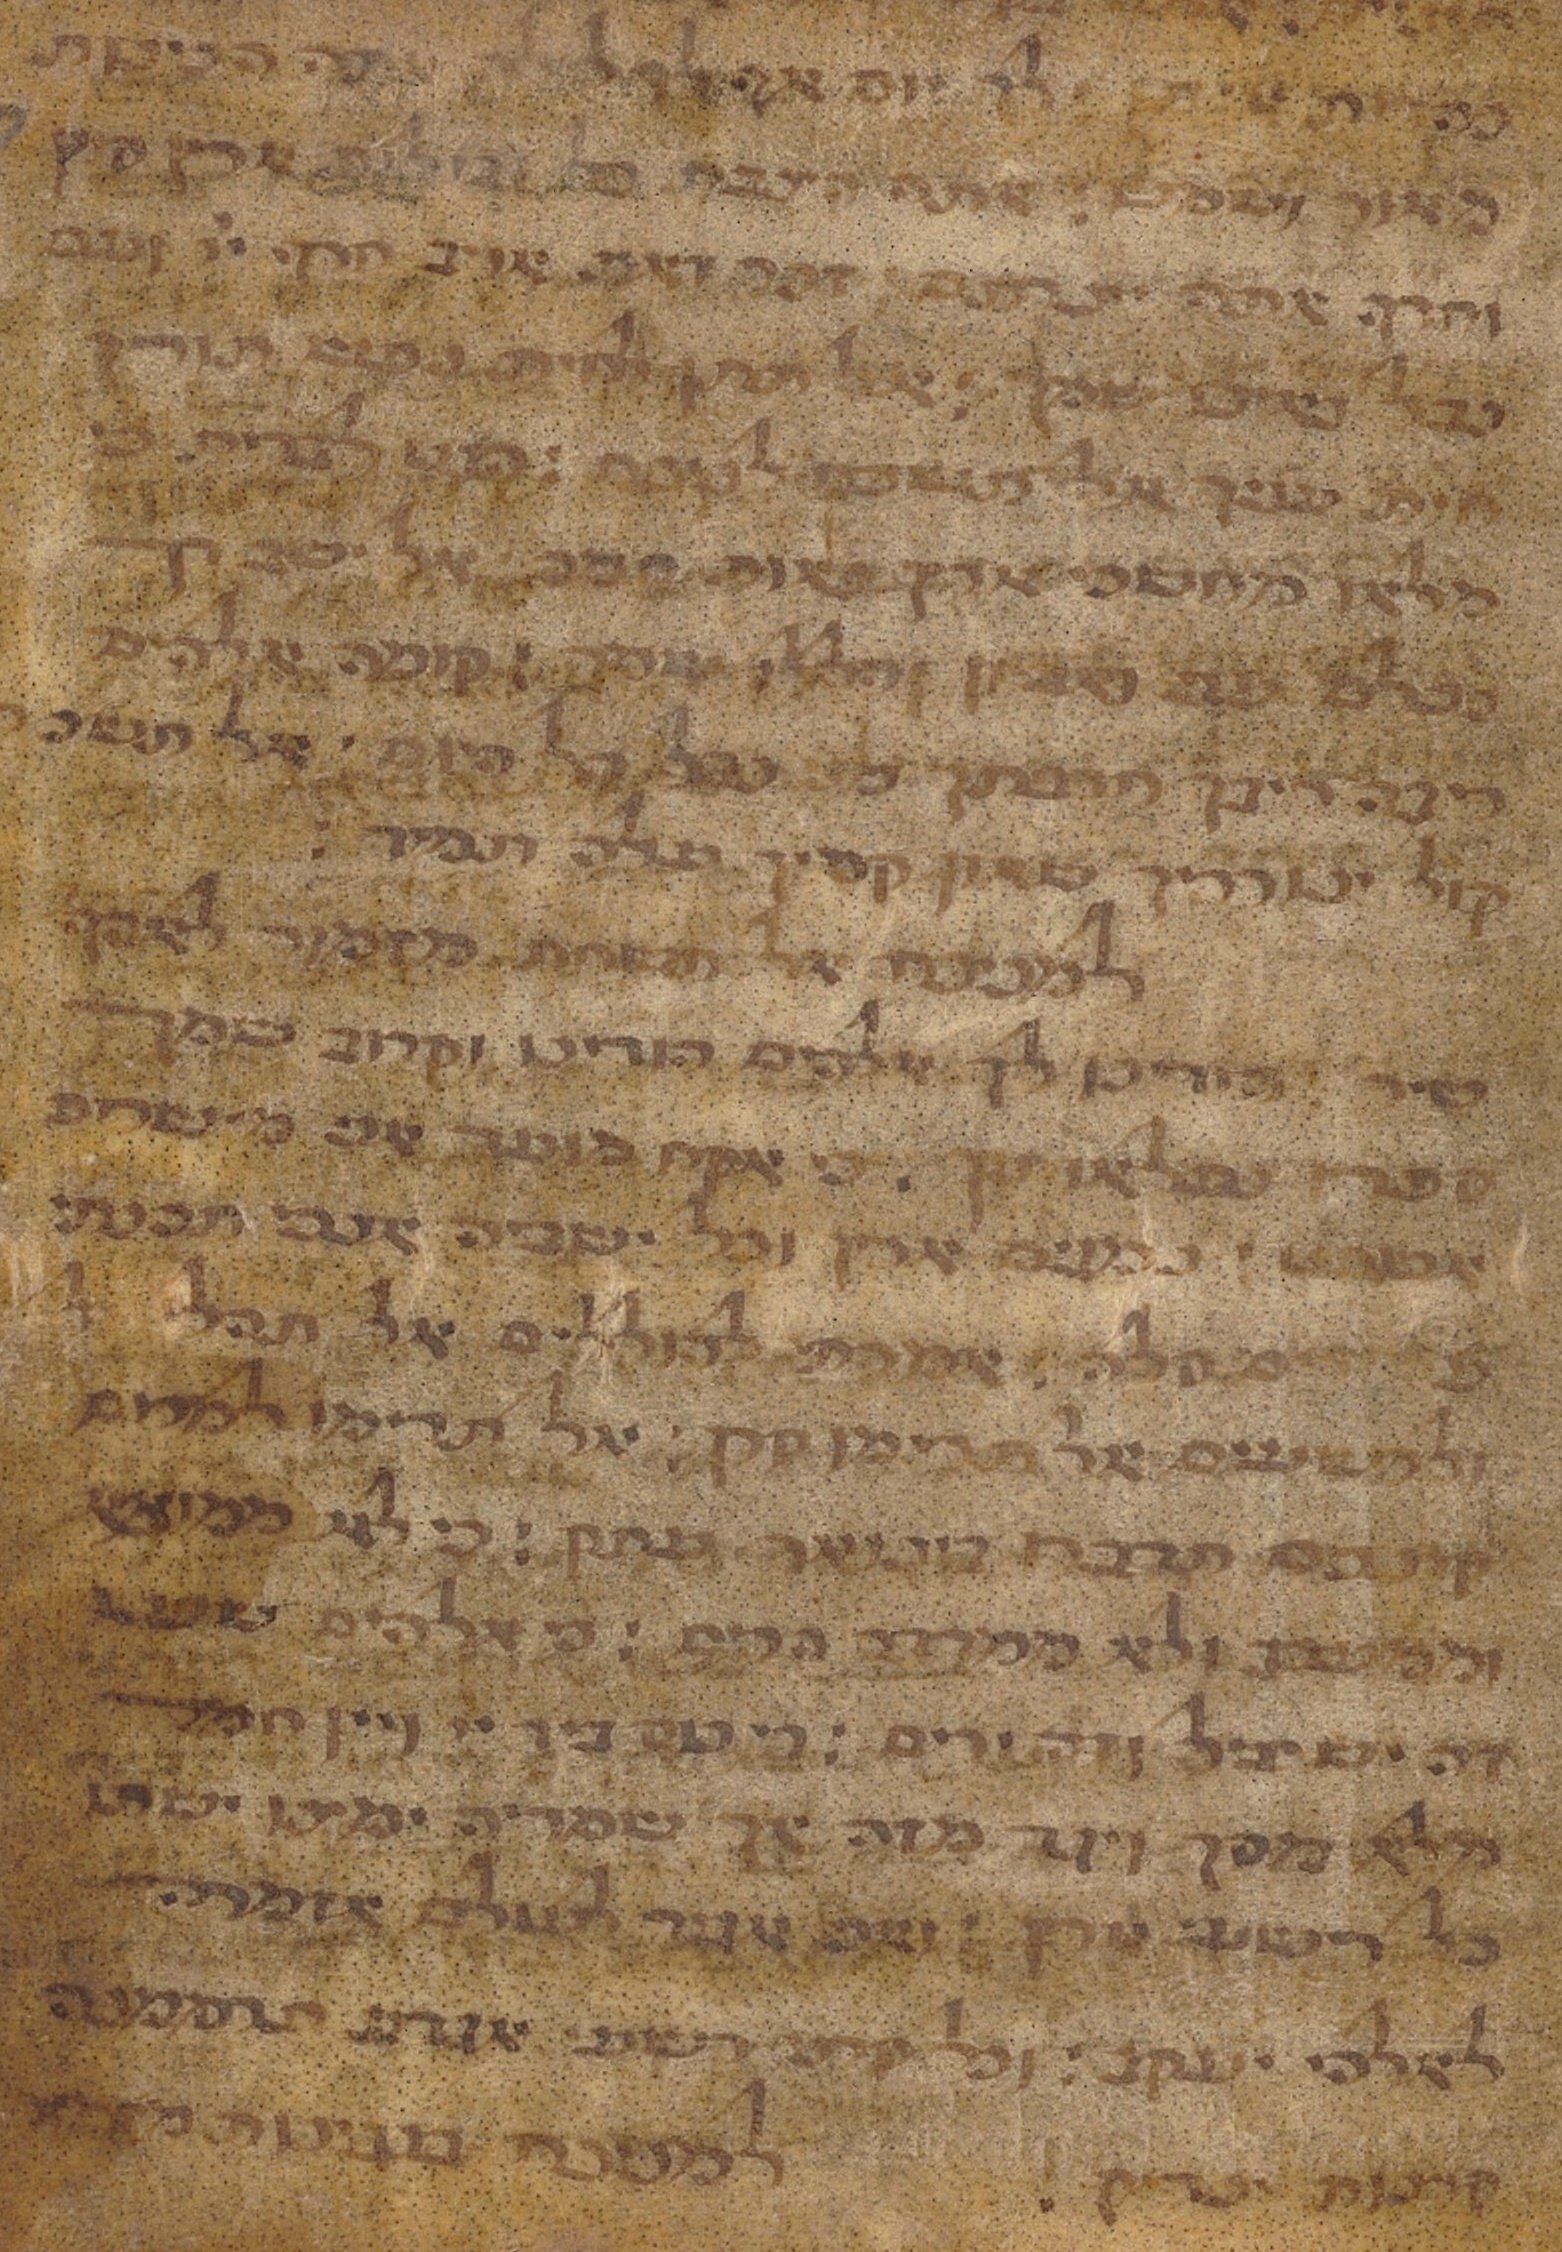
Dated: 1450–1499